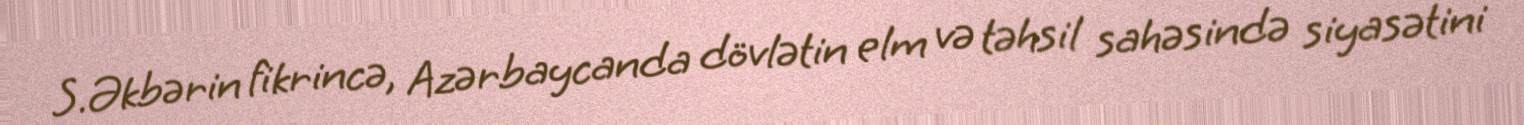
S.Əkbərin fikrincə, Azərbaycanda dövlətin elm və təhsil sahəsində siyasətini